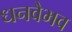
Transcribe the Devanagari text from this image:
धनवैभव